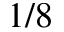
1 / 8